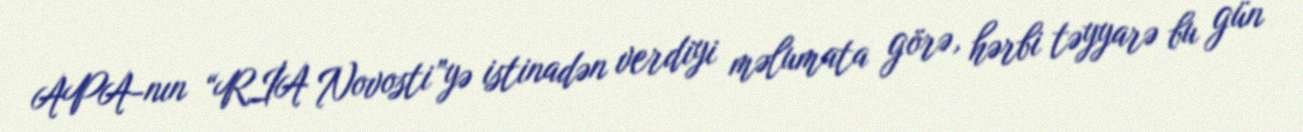
APA-nın “RİA Novosti”yə istinadən verdiyi məlumata görə, hərbi təyyarə bu gün